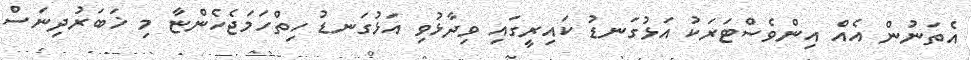
އެތަނުން އެއް އިންވެސްޓަރަކު އަޅުގަނޑު ކައިރީގައި ވިދާޅުވި އަޅުގަނޑު ހިތްހަމަޖެހެންޏާ މި ޚަބަރުދިނަސް